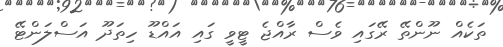
ތަކެއް ނޫންތޭ ރޭގައި ވެސް ރާއްޖެ ޓީވީ ގައި އައްޑޫ ހިތަދޫ އަސްލަންޓޭ